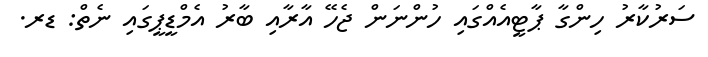
ސަރުކާރު ހިންގާ ޕާޓީއެއްގައި ހުންނަން ޖެހޭ އާރާއި ބާރު އެމްޑީޕީގައި ނެތް: ޑރ.